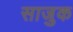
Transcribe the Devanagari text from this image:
साजुक